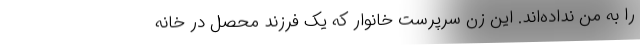
را به من نداده‌اند. این زن سرپرست خانوار که یک فرزند محصل در خانه